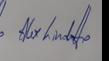
Signature authenticity: genuine